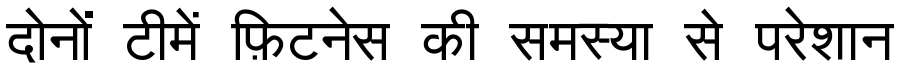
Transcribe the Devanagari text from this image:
दोनों टीमें फ़िटनेस की समस्या से परेशान